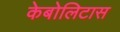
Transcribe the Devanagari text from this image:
केबोलिटास